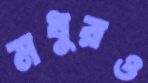
মধুরও